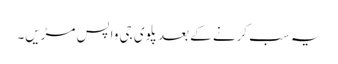
یہ سب کرنے کے بعد پلوی جی واپس مڑیں۔